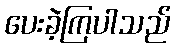
ပေးခဲ့ကြပါသည်